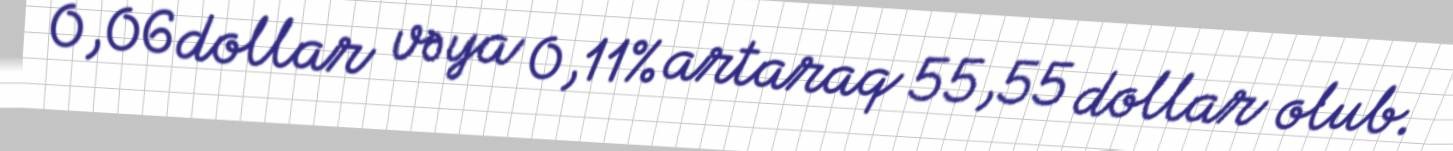
0,06 dollar və ya 0,11% artaraq 55,55 dollar olub.